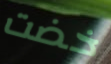
خضت